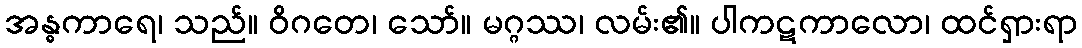
အန္ဓကာရေ၊ သည်။ ဝိဂတေ၊ သော်။ မဂ္ဂဿ၊ လမ်း၏။ ပါကဋကာလော၊ ထင်ရှားရာ